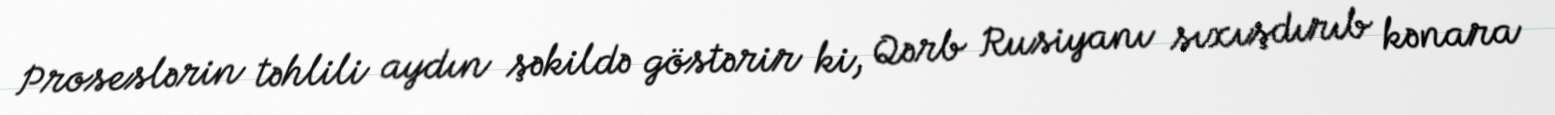
Proseslərin təhlili aydın şəkildə göstərir ki, Qərb Rusiyanı sıxışdırıb kənara